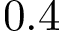
0 . 4